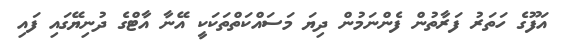
އަފޫގެ ހަތަރު ފަރާތުން ފެންނަމުން ދިޔަ މަސައްކަތްތަކަކީ އޭނާ އާޓްގެ ދުނިޔޭގައި ފައި